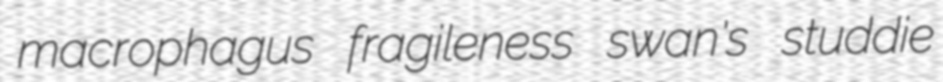
macrophagus fragileness swan's studdie